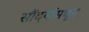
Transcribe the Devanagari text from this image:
सौंदर्यामधून